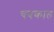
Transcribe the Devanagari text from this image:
चषकात